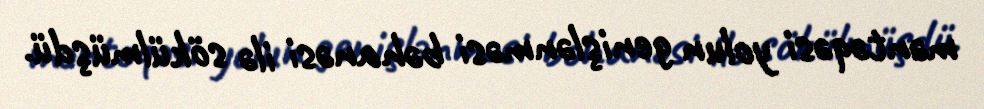
məntəqəsi yolun genişlənməsi bəhanəsi ilə sökülmüşdü.